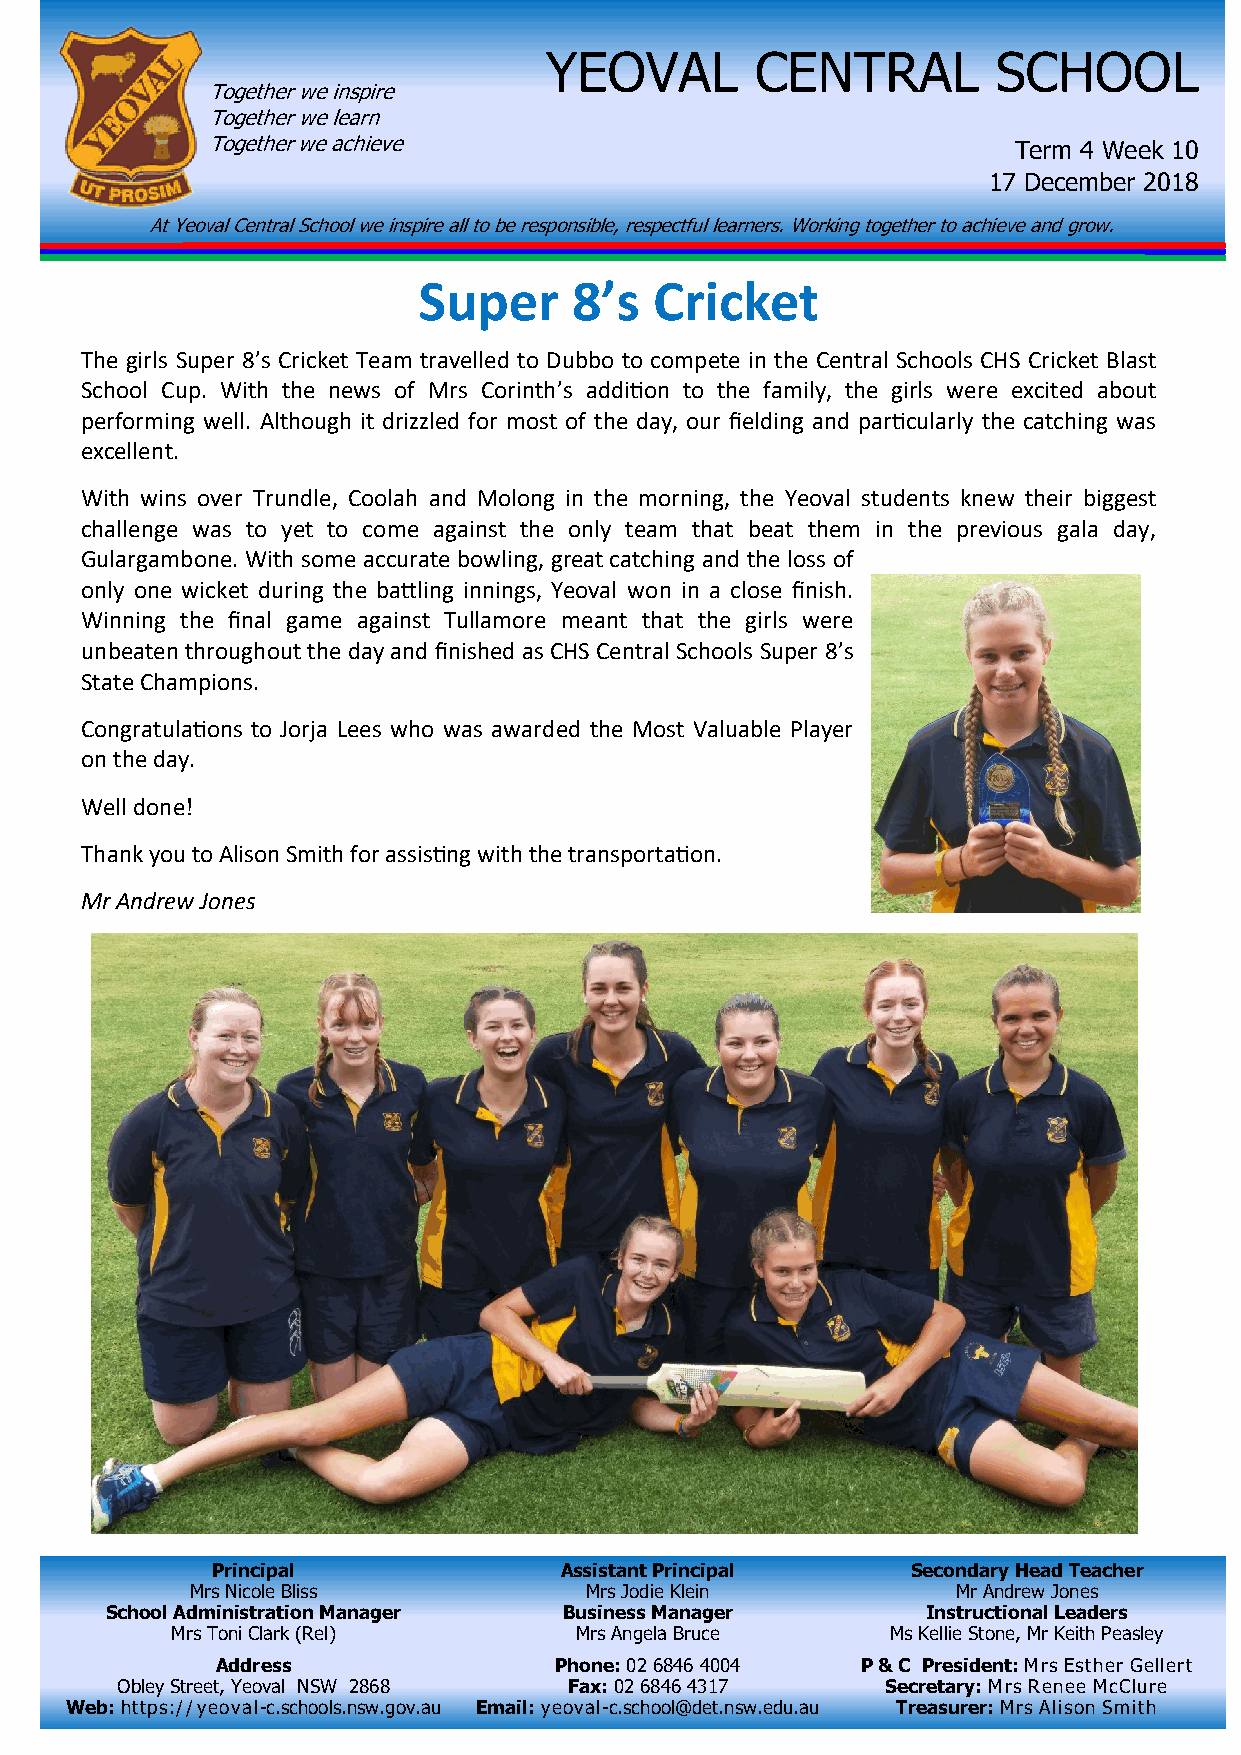
YEOVAL        CENTRAL         SCHOOL
 Together we inspire
 Together we learn
 Together we achieve                                  Term 4 Week 10
 17 December 2018
 At Yeoval Central School we inspire all to be responsible, respectful learners. Working together to achieve and grow.
 Super     8’s  Cricket
 The girls Super 8’s Cricket Team travelled to Dubbo to compete in the Central Schools CHS Cricket Blast
 School Cup. With the news of Mrs Corinth’s addition to the family, the girls were excited about
 performing well. Although it drizzled for most of the day, our fielding and particularly the catching was
 excellent.
 With wins over Trundle, Coolah and Molong in the morning, the Yeoval students knew their biggest
 challenge was to yet to come against the only team that beat them in the previous gala day,
 Gulargambone. With some accurate bowling, great catching and the loss of
 only one wicket during the battling innings, Yeoval won in a close finish.
 Winning the final game against Tullamore meant that the girls were
 unbeaten throughout the day and finished as CHS Central Schools Super 8’s
 State Champions.
 Congratulations to Jorja Lees who was awarded the Most Valuable Player
 on the day.
 Well done!
 Thank you to Alison Smith for assisting with the transportation.
 Mr Andrew Jones
 Principal              Assistant Principal    Secondary Head Teacher
 Mrs Nicole Bliss          Mrs Jodie Klein         Mr Andrew Jones
 School Administration Manager Business Manager        Instructional Leaders
 Mrs Toni Clark (Rel)       Mrs Angela Bruce     Ms Kellie Stone, Mr Keith Peasley
 Address                Phone: 02 6846 4004 P & C President: Mrs Esther Gellert
 Obley Street, Yeoval NSW 2868 Fax: 02 6846 4317    Secretary: Mrs Renee McClure
 Web: https://yeoval-c.schools.nsw.gov.au Email: yeoval-c.school@det.nsw.edu.au Treasurer: Mrs Alison Smith